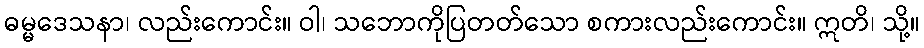
ဓမ္မဒေသနာ၊ လည်းကောင်း။ ဝါ၊ သဘောကိုပြတတ်သော စကားလည်းကောင်း။ ဣတိ၊ သို့။